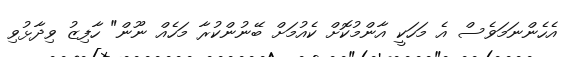
އެހެންނަމަވެސް އެ މަހަކީ އާންމުކޮށް ކެއުމަށް ބޭނުންކުރާ މަހެއް ނޫން" ހާފިޒު ވިދާޅުވި